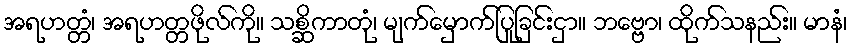
အရဟတ္တံ၊ အရဟတ္တဖိုလ်ကို။ သစ္ဆိကာတုံ၊ မျက်မှောက်ပြုခြင်းငှာ။ ဘဗ္ဗော၊ ထိုက်သနည်း။ မာနံ၊